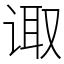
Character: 诹